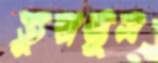
তুললুম